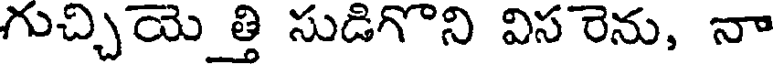
గుచ్చియె త్తి సుడిగొని విస రెను, నా